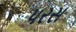
પરસ